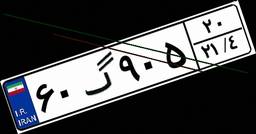
۶۰گ۹۰۵۲۰